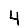
Digit: 4